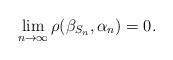
LaTeX: \begin{align*}\lim_{n\to\infty}\rho(\beta_{S_n}, \alpha_n)=0.\end{align*}